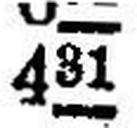
431